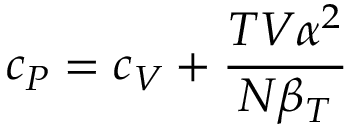
c _ { P } = c _ { V } + { \frac { T V \alpha ^ { 2 } } { N \beta _ { T } } }